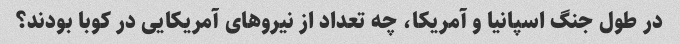
در طول جنگ اسپانیا و آمریکا، چه تعداد از نیروهای آمریکایی در کوبا بودند؟